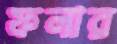
ফলার